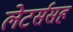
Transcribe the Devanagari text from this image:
लेटर्ससह